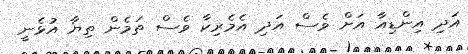
އަދި އިންޑިއާ އަށް ވެސް އަދި އެމެރިކާ ވެސް ތަމެން ތިޔާ އުޅެނީ